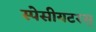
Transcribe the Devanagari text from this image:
स्पेसीयटरस्